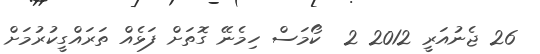
26 ޖެނުއަރީ 2012 2  ކޯމަސް ހިމެނޭ ގޮތަށް ފަޅެއް ތަރައްގީކުރުމަށް